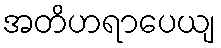
အတိဟရာပေယျ